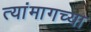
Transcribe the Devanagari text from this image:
त्यांमागच्या